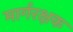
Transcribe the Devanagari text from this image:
मार्गरक्षक